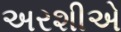
અરશીએ